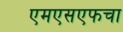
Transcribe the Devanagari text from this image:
एमएसएफचा